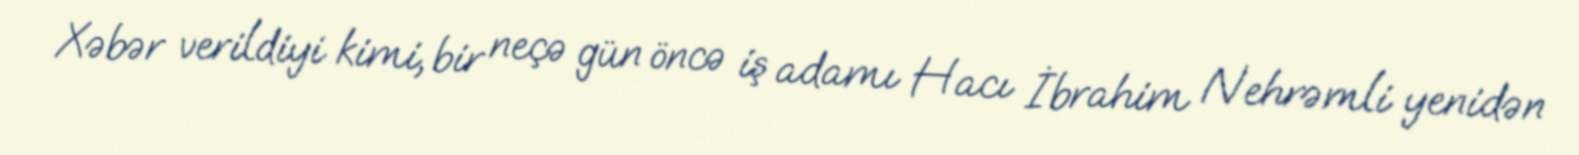
Xəbər verildiyi kimi, bir neçə gün öncə iş adamı Hacı İbrahim Nehrəmli yenidən